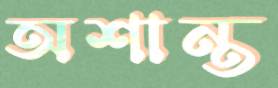
অশান্ত